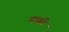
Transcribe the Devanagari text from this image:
दाग़ी